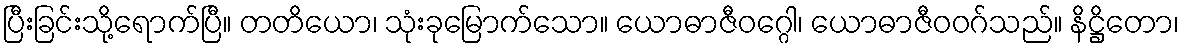
ပြီးခြင်းသို့ရောက်ပြီ။ တတိယော၊ သုံးခုမြောက်သော။ ယောဓာဇီဝဂ္ဂေါ၊ ယောဓာဇီဝဝဂ်သည်။ နိဋ္ဌိတော၊